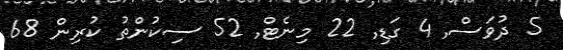
5 ދުވަސް